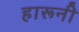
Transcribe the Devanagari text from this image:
हारूनी